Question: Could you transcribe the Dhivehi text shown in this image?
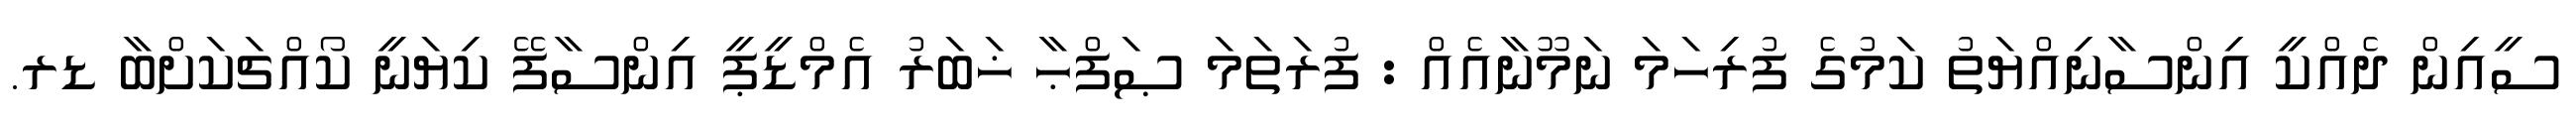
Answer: ސީއިން ދެއްކީ އިންސާނިއްޔަތު ކަމުގެ ފުރިހަމަ ނަމޫނާއެއް : ފުރަތަމަ ޞަފްޙާ ޚަބަރު އެމްޑީޕީ އިންސާފޭ ކިޔަނީ ކޯއްޗަކަށްބާ ޑރ.